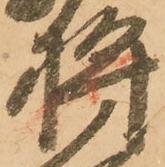
将